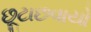
છૂટાછવાયો